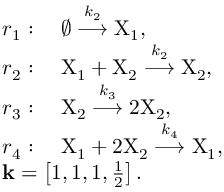
\begin{array} { r l } & { r _ { 1 } : \quad \varnothing \stackrel { k _ { 2 } } { \longrightarrow } \mathrm { X } _ { 1 } , } \\ & { r _ { 2 } : \quad \mathrm { X } _ { 1 } + \mathrm { X } _ { 2 } \stackrel { k _ { 2 } } { \longrightarrow } \mathrm { X } _ { 2 } , } \\ & { r _ { 3 } : \quad \mathrm { X } _ { 2 } \stackrel { k _ { 3 } } { \longrightarrow } 2 \mathrm { X } _ { 2 } , } \\ & { r _ { 4 } : \quad \mathrm { X } _ { 1 } + 2 \mathrm { X } _ { 2 } \stackrel { k _ { 4 } } { \longrightarrow } \mathrm { X } _ { 1 } , } \\ & { \mathbf { k } = \left[ 1 , 1 , 1 , \frac { 1 } { 2 } \right] . } \end{array}